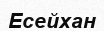
Есейхан